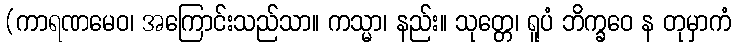
(ကာရဏမေဝ၊ အကြောင်းသည်သာ။ ကသ္မာ၊ နည်း။ သုတ္တေ၊ ရူပံ ဘိက္ခဝေ န တုမှာကံ